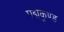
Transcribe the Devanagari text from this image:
पद्मकुण्ड